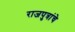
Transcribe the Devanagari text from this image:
राजपुत्रांचे